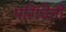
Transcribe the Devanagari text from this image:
परिचिती